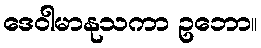
ဒေဝါမာနုသကာ ဥဘော။